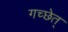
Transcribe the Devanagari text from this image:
गच्छेत्‌